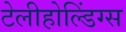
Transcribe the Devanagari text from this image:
टेलीहोल्डिंग्स